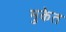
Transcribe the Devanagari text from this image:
मुकेत